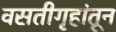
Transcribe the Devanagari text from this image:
वसतीगृहांतून